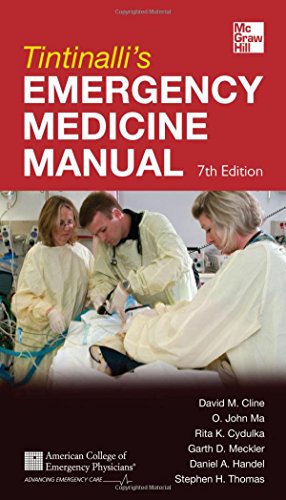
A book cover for Tintinalli's Emergency Medicine Manual 7/E (Emergency Medicine (Tintinalli)); David Cline; Medical Books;